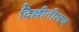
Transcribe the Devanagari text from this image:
दिल्लीतीलच